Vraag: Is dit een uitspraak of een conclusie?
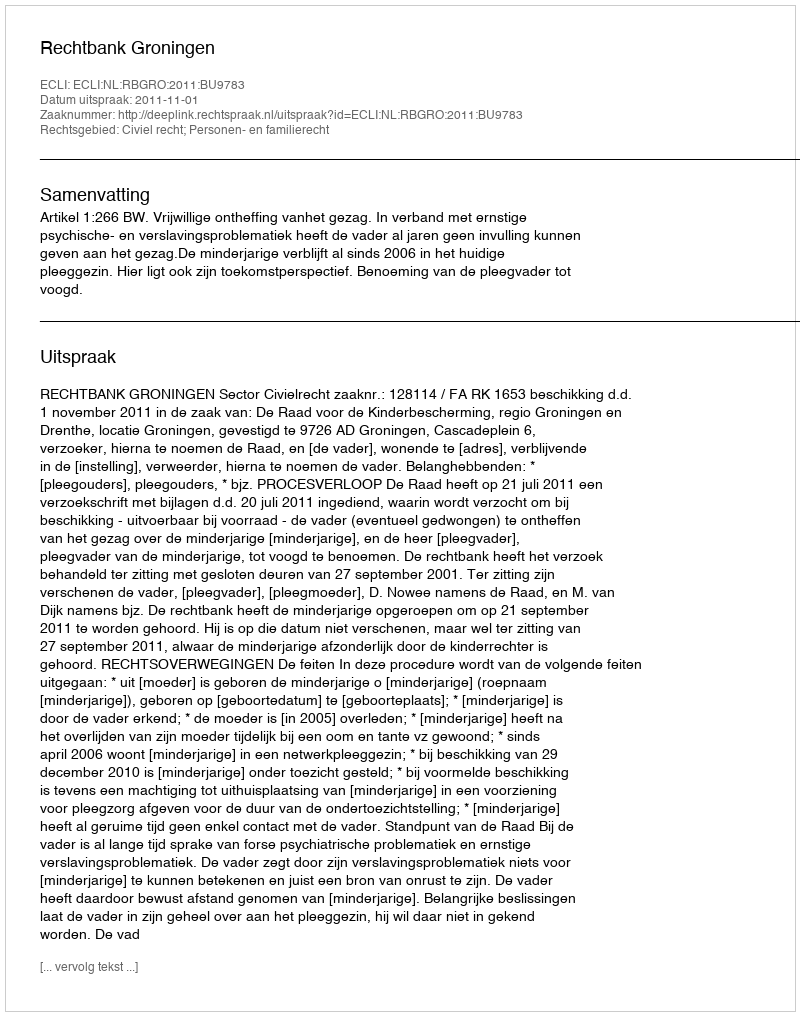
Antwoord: Uitspraak